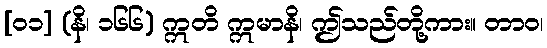
[၀၁] (နိ၊ ၁၆၆) ဣတိ ဣမာနိ၊ ဤသည်တို့ကား။ တာဝ၊